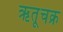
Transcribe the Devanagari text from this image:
ऋतूचक्र